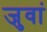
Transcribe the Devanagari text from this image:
जुवां